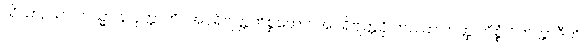
သိယာ, သာ ကသ္မာ န ဝုတ္တာတိ။ အပရိဗျတ္တကိစ္စတော။ အပရိဗျတ္တဉှိ တဿာ တတ္ထ ကိစ္စံ ဝိတက္ကာဒီဟိ